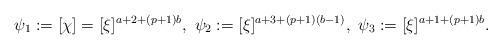
LaTeX: \begin{align*}\psi_1 := [\chi] = [\xi]^{a+2 + (p+1)b},~ \psi_{2} := [\xi]^{a+3 + (p+1)(b-1)},~ \psi_{3} := [\xi]^{a+1 + (p+1)b}.\end{align*}